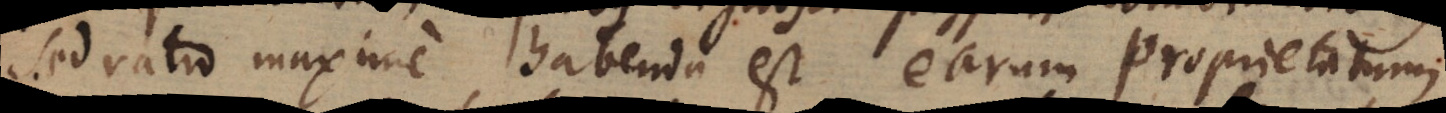
sed ratio maxime habenda est earum proprietatum,